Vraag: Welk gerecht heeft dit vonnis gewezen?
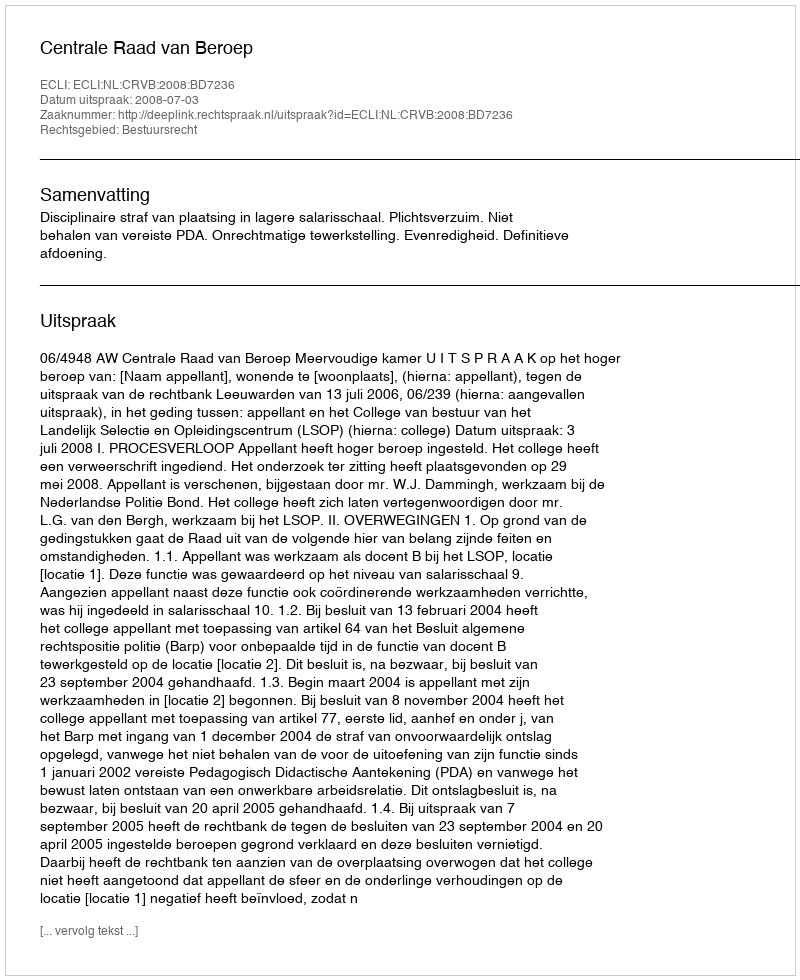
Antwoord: Centrale Raad van Beroep